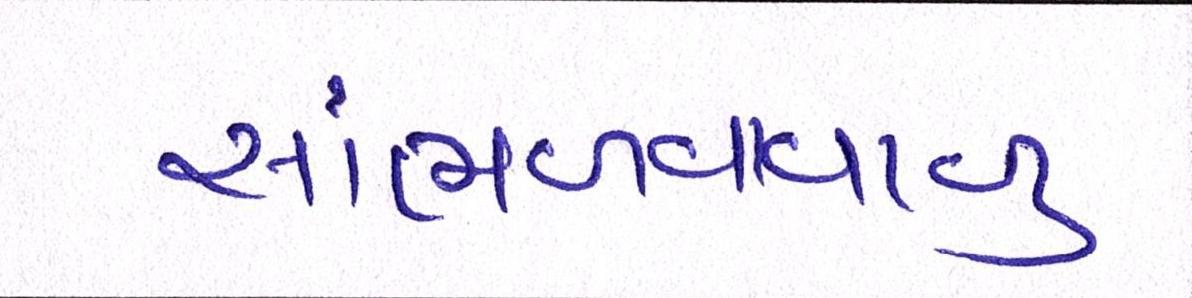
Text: સાંભળવાવાળુ